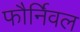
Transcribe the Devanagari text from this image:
फौर्निवल